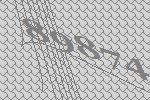
89874